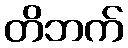
တိဘက်